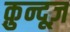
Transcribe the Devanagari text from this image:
क़ुन्दूज़